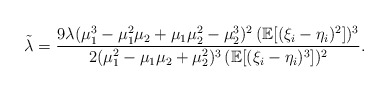
\begin{align*} \tilde\lambda=\frac{9\lambda (\mu_1^3-\mu_1^2\mu_2+\mu_1\mu_2^2-\mu_2^3 )^2\, (\mathbb E [(\xi_i-\eta_i)^2 ] )^3}{2 (\mu_1^2-\mu_1\mu_2+\mu_2^2 )^3\, (\mathbb E [(\xi_i-\eta_i)^3 ] )^2}.\end{align*}